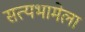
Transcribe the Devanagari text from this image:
सत्यभामेला